Mental hospitals Bombay report 1921-28 - 1921-1928
Year: 1921
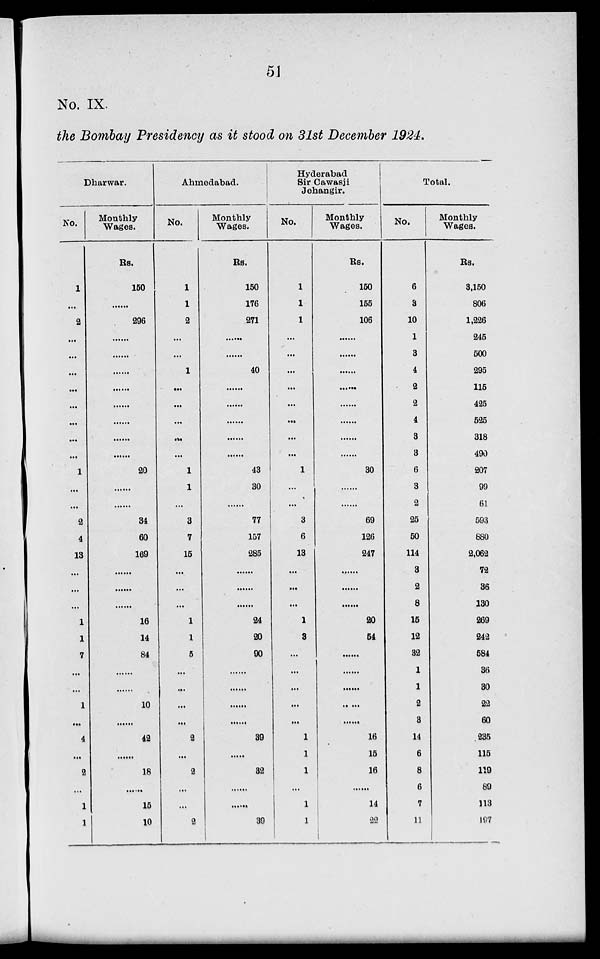
51
No. IX.
the Bombay Presidency as it stood on 31st December 1924.
Dharwar.
No.
1
...
2
...
...
...
...
...
...
...
...
1
...
...
2
4
13
...
...
...
1
1
7
...
...
1
...
4
...
2
...
1
1
Monthly
Wages.
Rs.
150
......
296
......
......
......
......
......
......
......
......
20
......
......
34
60
169
......
......
......
16
14
84
......
......
10
......
42
......
18
......
15
10
Ahmedabad.
No.
1
1
2
...
...
1
...
...
...
...
...
1
1
...
3
7
15
...
...
...
1
1
5
...
...
...
...
2
...
2
...
...
2
Monthly
Wages.
Rs.
150
176
271
......
......
40
......
......
......
......
......
43
30
......
77
157
285
......
......
......
24
20
90
......
......
......
......
39
......
32
......
......
39
Hyderabad
Sir Cawasji
Jehangir.
No.
1
1
1
...
...
...
...
...
...
...
...
1
...
...
3
6
13
...
...
...
1
3
...
...
...
...
...
1
1
1
...
1
1
Monthly
Wages.
Rs.
150
155
106
......
......
......
......
......
......
......
......
30
......
......
69
126
247
......
......
......
20
54
......
......
......
......
......
16
15
16
......
14
22
Total.
No.
6
3
10
1
3
4
2
2
4
3
3
6
3
2
25
50
114
3
2
8
15
12
32
1
1
2
3
14
6
8
6
7
11
Monthly
Wages.
Rs.
3,150
806
1,226
245
500
295
115
425
525
318
490
207
99
61
593
880
2,062
72
36
130
269
242
584
36
30
22
60
235
115
119
89
113
197